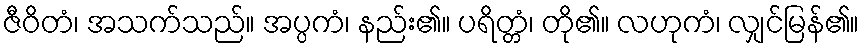
ဇီဝိတံ၊ အသက်သည်။ အပ္ပကံ၊ နည်း၏။ ပရိတ္တံ၊ တို၏။ လဟုကံ၊ လျှင်မြန်၏။